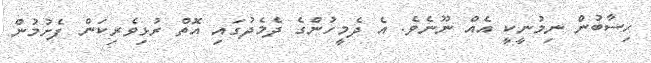
ހިސާބުން ނިމުނީކީ އެއް ނޫނެވެ. އެ ދެމީހުންގެ ދެމެދުގައި އޮތް ރުޅިވެރިކަން ފެށުމުން